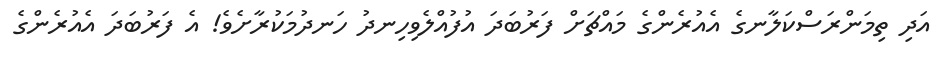
އަދި ތިމަންރަސްކަލާނގެ އެއުރެންގެ މައްޗަށް ފަރުބަދަ އުފުއްލެވިހިނދު ހަނދުމަކުރާށެވެ! އެ ފަރުބަދަ އެއުރެންގެ